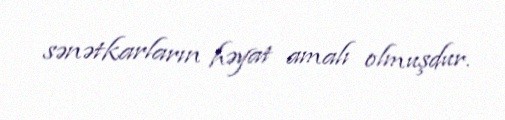
sənətkarların həyat amalı olmuşdur.